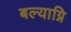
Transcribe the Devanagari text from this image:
बल्याग्नि